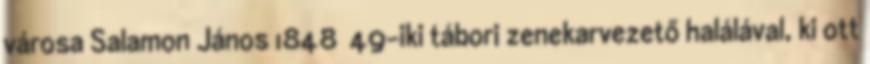
városa Salamon János 1848 49-iki tábori zenekarvezető halálával, ki ott